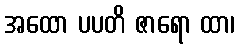
အထော ပပတိ ဇာရော ထာ၊